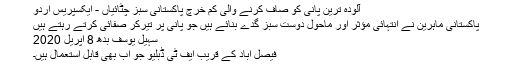
آلودہ ترین پانی کو صاف کرنے والی کم خرچ پاکستانی سبز چٹائیاں - ایکسپریس اردو
پاکستانی ماہرین نے انتہائی مؤثر اور ماحول دوست سبز گدے بنائے ہیں جو پانی پر تیرکر صفائی کرتے رہتے ہیں
سہیل یوسف بدھ 8 اپريل 2020
فیصل آباد کے قریب ایف ٹی ڈبلیو جو اب بھی قابلِ استعمال ہیں۔